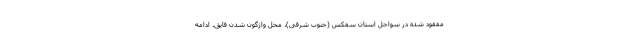
مفقود شده در سواحل استان سفکس (جنوب شرقی)، محل واژگون شدن قایق، ادامه